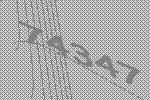
74347